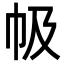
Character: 㠷